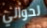
لحوالي